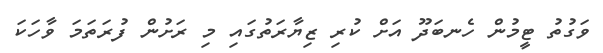
ވަގުތު ޓީމުން ހެނބަދޫ އަށް ކުރި ޒިޔާރަތުގައި މި ރަށުން ފުރަތަމަ ވާހަކަ